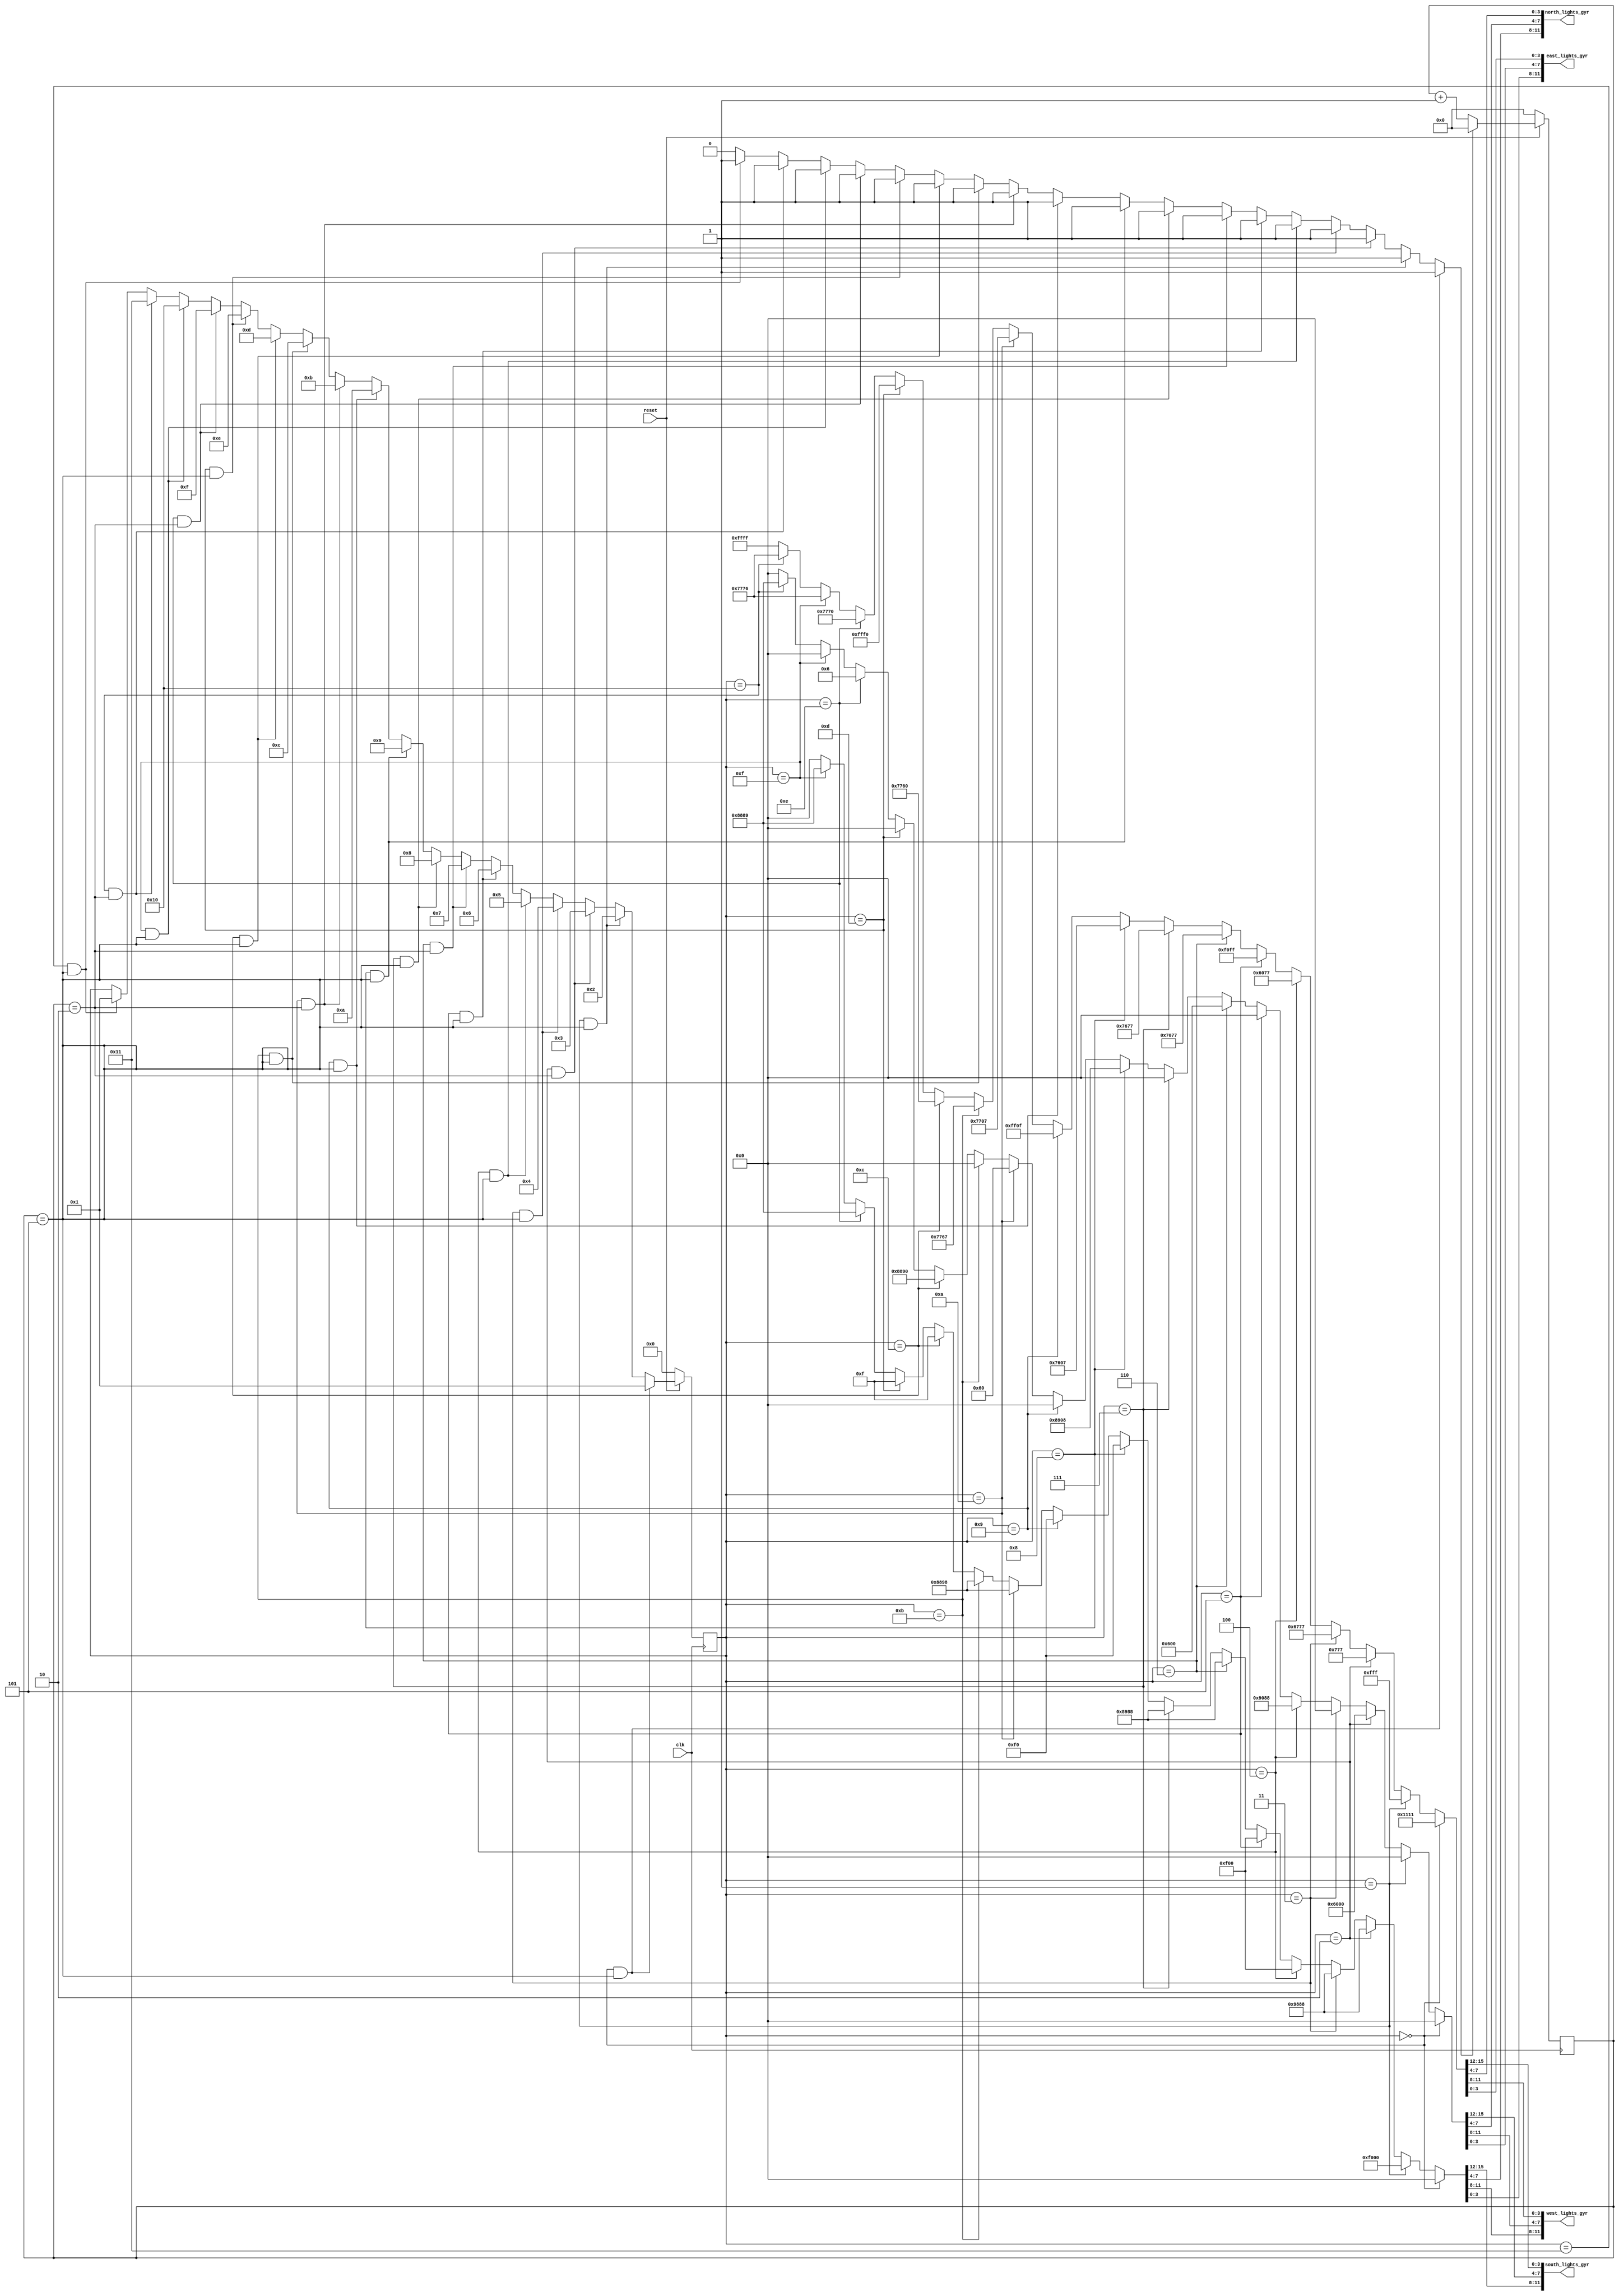
module tlc(clk,reset,south_lights_gyr,north_lights_gyr,west_lights_gyr,east_lights_gyr);

parameter STOP_ALL             =5'd0;
parameter SOUTH_TO_ALL         =5'd1;
parameter SOUTH_TO_ALL_YLW     =5'd2;
parameter STOS_ALLTOLEFT       =5'd3;
parameter STOS_ALLTOLEFT_YLW   =5'd4;
parameter WEST_TO_ALL          =5'd5;
parameter WEST_TO_ALL_YLW      =5'd6;
parameter WTOW_ALLTOLEFT       =5'd7;
parameter WTOW_ALLTOLEFT_YLW   =5'd8;
parameter NORTH_TO_ALL         =5'd9;
parameter NORTH_TO_ALL_YLW     =5'd10;
parameter NTON_ALLTOLEFT       =5'd11;
parameter NTON_ALLTOLEFT_YLW   =5'd12;
parameter EAST_TO_ALL          =5'd13;
parameter EAST_TO_ALL_YLW      =5'd14;
parameter ETOE_ALLTOLEFT       =5'd15;
parameter ETOE_ALLTOLEFT_YLW   =5'd16;
parameter PEDESTRIAN           =5'd17;
                               
parameter DELAY_Y_TO_R = 2;    
parameter DELAY_1 = 5;

input clk,reset;
output [11:0] south_lights_gyr;
output [11:0] west_lights_gyr;
output [11:0] north_lights_gyr;
output [11:0] east_lights_gyr;
reg count_reset;
reg [4:0] nxt_st;
reg [4:0] reg_prsnt_st;
reg [3:0] count;
reg [15:0] green;
reg [15:0] red;
reg [15:0] yellow;

assign south_lights_gyr={green[15:12],yellow[15:12],red[15:12]};
assign west_lights_gyr={green[11:8],yellow[11:8],red[11:8]};
assign north_lights_gyr={green[7:4],yellow[7:4],red[7:4]};
assign east_lights_gyr={green[3:0],yellow[3:0],red[3:0]};
//@@@@@@@@@@@@@@@@@COUNTER FOR DELAY@@@@@@@@@@@@@@@@@@@@@@@@@@@@@@@/////
always@(posedge clk)
begin
if(!reset)
count<=0;
else if (count_reset==1'b1)
count<=0;
else
count<=count+1;
end
//@@@@@@@@@@@@@@@@@COUNTER FOR DELAY@@@@@@@@@@@@@@@@@@@@@@@@@@@@@@@/////


//**************//////STATE MACHINE FLIP-FLOPS///********************////
always@(posedge clk)
begin
if(!reset)
reg_prsnt_st<=STOP_ALL;
else
reg_prsnt_st<=nxt_st;
end
/////***************///STATE MACHINE FLIP-FLOPS///*******************////



//$$$$$$$$$$$$$$$$$$$$$$$$$/////NEXT STATE COMBO LOGIC////$$$$$$$$$$$$$/////
always@(reg_prsnt_st or count)
begin


//######################SOUTH############################################
////////////FROM SOUTH TO ALL ALLOWED..FROM ALL OTHER DIRECTIONS BLOCKED//
if (reg_prsnt_st==STOP_ALL && count==DELAY_1)
begin
nxt_st=SOUTH_TO_ALL;
count_reset=1;
end
////////////FROM SOUTH TO ALL ALLOWED..FROM ALL OTHER DIRECTIONS BLOCKED//




/////////////////GREEN TO YELLOW FOR SOUTH TO ALL state///////////////////
else if (reg_prsnt_st==SOUTH_TO_ALL && count==DELAY_1)
begin
nxt_st=SOUTH_TO_ALL_YLW;
count_reset=1;
end
/////////////////GREEN TO YELLOW FOR SOUTH TO ALL state///////////////////




////////////SOUTH TO SOUTH AND ALL LEFT ALLOWED///////////////////////////
else if (reg_prsnt_st==SOUTH_TO_ALL_YLW && count==DELAY_Y_TO_R)
begin
nxt_st=STOS_ALLTOLEFT;
count_reset=1;
end
////////////SOUTH TO SOUTH AND ALL LEFT ALLOWED///////////////////////////




/////////////////GREEN TO YELLOW FOR STOS_ALLTOLEFT state///////////////////
else if (reg_prsnt_st==STOS_ALLTOLEFT && count==DELAY_1)
begin
nxt_st=STOS_ALLTOLEFT_YLW;
count_reset=1;
end
/////////////////GREEN TO YELLOW FOR STOS_ALLTOLEFT state///////////////////
//######################SOUTH############################################


//######################WEST############################################
////////////FROM WEST TO ALL ALLOWED..FROM ALL OTHER DIRECTIONS BLOCKED//
else if (reg_prsnt_st==STOS_ALLTOLEFT_YLW && count==DELAY_1)
begin
nxt_st=WEST_TO_ALL;
count_reset=1;
end
////////////FROM WEST TO ALL ALLOWED..FROM ALL OTHER DIRECTIONS BLOCKED//




/////////////////GREEN TO YELLOW FOR WEST TO ALL state///////////////////
else if (reg_prsnt_st==WEST_TO_ALL && count==DELAY_1)
begin
nxt_st=WEST_TO_ALL_YLW;
count_reset=1;
end
/////////////////GREEN TO YELLOW FOR WEST TO ALL state///////////////////




////////////WEST TO WEST AND ALL LEFT ALLOWED///////////////////////////
else if (reg_prsnt_st==WEST_TO_ALL_YLW && count==DELAY_Y_TO_R)
begin
nxt_st=WTOW_ALLTOLEFT;
count_reset=1;
end
////////////WEST TO WEST AND ALL LEFT ALLOWED///////////////////////////




/////////////////GREEN TO YELLOW FOR WTOW_ALLTOLEFT state///////////////////
else if (reg_prsnt_st==WTOW_ALLTOLEFT && count==DELAY_1)
begin
nxt_st=WTOW_ALLTOLEFT_YLW;
count_reset=1;
end
/////////////////GREEN TO YELLOW FOR WTOW_ALLTOLEFT state///////////////////
//######################WEST############################################


//######################NORTH############################################
////////////FROM NORTH TO ALL ALLOWED..FROM ALL OTHER DIRECTIONS BLOCKED//
else if (reg_prsnt_st==WTOW_ALLTOLEFT_YLW && count==DELAY_1)
begin
nxt_st=NORTH_TO_ALL;
count_reset=1;
end
////////////FROM NORTH TO ALL ALLOWED..FROM ALL OTHER DIRECTIONS BLOCKED//




/////////////////GREEN TO YELLOW FOR NORTH TO ALL state///////////////////
else if (reg_prsnt_st==NORTH_TO_ALL && count==DELAY_1)
begin
nxt_st=NORTH_TO_ALL_YLW;
count_reset=1;
end
/////////////////GREEN TO YELLOW FOR NORTH TO ALL state///////////////////




////////////NORTH TO NORTH AND ALL LEFT ALLOWED///////////////////////////
else if (reg_prsnt_st==NORTH_TO_ALL_YLW && count==DELAY_Y_TO_R)
begin
nxt_st=NTON_ALLTOLEFT;
count_reset=1;
end
////////////NORTH TO NORTH AND ALL LEFT ALLOWED///////////////////////////




/////////////////GREEN TO YELLOW FOR NTON_ALLTOLEFT state///////////////////
else if (reg_prsnt_st==NTON_ALLTOLEFT && count==DELAY_1)
begin
nxt_st=NTON_ALLTOLEFT_YLW;
count_reset=1;
end
/////////////////GREEN TO YELLOW FOR NTON_ALLTOLEFT state///////////////////
//######################NORTH############################################


//######################EAST############################################
////////////FROM EAST TO ALL ALLOWED..FROM ALL OTHER DIRECTIONS BLOCKED//
else if (reg_prsnt_st==NTON_ALLTOLEFT_YLW && count==DELAY_1)
begin
nxt_st=EAST_TO_ALL;
count_reset=1;
end
////////////FROM EAST TO ALL ALLOWED..FROM ALL OTHER DIRECTIONS BLOCKED//




/////////////////GREEN TO YELLOW FOR EAST TO ALL state///////////////////
else if (reg_prsnt_st==EAST_TO_ALL && count==DELAY_1)
begin
nxt_st=EAST_TO_ALL_YLW;
count_reset=1;
end
/////////////////GREEN TO YELLOW FOR EAST TO ALL state///////////////////




////////////EAST TO EAST AND ALL LEFT ALLOWED///////////////////////////
else if (reg_prsnt_st==EAST_TO_ALL_YLW && count==DELAY_Y_TO_R)
begin
nxt_st=ETOE_ALLTOLEFT;
count_reset=1;
end
////////////EAST TO EAST AND ALL LEFT ALLOWED///////////////////////////




/////////////////GREEN TO YELLOW FOR ETOE_ALLTOLEFT state///////////////////
else if (reg_prsnt_st==ETOE_ALLTOLEFT && count==DELAY_1)
begin
nxt_st=ETOE_ALLTOLEFT_YLW;
count_reset=1;
end
/////////////////GREEN TO YELLOW FOR ETOE_ALLTOLEFT state///////////////////
//######################EAST############################################


//########################PEDESTRIAN###################################
else if (reg_prsnt_st==ETOE_ALLTOLEFT_YLW && count==DELAY_Y_TO_R)
begin
nxt_st=PEDESTRIAN;
count_reset=1;
end
//########################PEDESTRIAN###################################

//########BACK TO INITIAL STATE############///////////////////////////////////////
else if (reg_prsnt_st==PEDESTRIAN && count==DELAY_1)
begin
nxt_st=SOUTH_TO_ALL;
count_reset=1;
end
//########BACK TO INITIAL STATE############///////////////////////////////////////

//$$$$$$$$$$$$$$DONT CHANGE STATE$$$$$$$$$$$$$$$$$$$$$$$$$$$$$$$$$$$$$$$$$$$$$//
else
begin
nxt_st=reg_prsnt_st;
count_reset=0;
end
//$$$$$$$$$$$$$$DONT CHANGE STATE$$$$$$$$$$$$$$$$$$$$$$$$$$$$$$$$$$$$$$$$$$$$$//
end
/////////NEXT STATE COMBO LOGIC/////////






//^^^^^^^^^^^^^^^^^^^^^^ENCODER^^^^^^^^^^^^^^^^^^^^^^^^^^^^^^^^^^^^^////////////
always@(*)
begin
if(reg_prsnt_st==STOP_ALL)
begin
green[15:0]=16'h0000;
red[15:0]=16'h1111;
yellow[15:0]=16'h0000;
end
else if(reg_prsnt_st==SOUTH_TO_ALL)
begin
green[15:0]=16'hF000;
red[15:0]=16'h0FFF;
yellow[15:0]=16'h0000;
end
else if(reg_prsnt_st==SOUTH_TO_ALL_YLW)
begin
green[15:0]=16'h9888;
red[15:0]=16'h0777;
yellow[15:0]=16'h6000;
end
else if(reg_prsnt_st==STOS_ALLTOLEFT)
begin
green[15:0]=16'h9888;
red[15:0]=16'h6777;
yellow[15:0]=16'h0000;
end
else if(reg_prsnt_st==STOS_ALLTOLEFT_YLW)
begin
green[15:0]=16'h0F00;
red[15:0]=16'h6077;
yellow[15:0]=16'h9088;
end
else if(reg_prsnt_st==WEST_TO_ALL)
begin
green[15:0]=16'h0F00;
red[15:0]=16'hF0FF;
yellow[15:0]=16'h0000;
end
else if(reg_prsnt_st==WEST_TO_ALL_YLW)
begin
green[15:0]=16'h8988;
red[15:0]=16'h7077;
yellow[15:0]=16'h0600;
end
else if(reg_prsnt_st==WTOW_ALLTOLEFT)
begin
green[15:0]=16'h8988;
red[15:0]=16'h7677;
yellow[15:0]=16'h0000;
end
else if(reg_prsnt_st==WTOW_ALLTOLEFT_YLW)
begin
green[15:0]=16'h00F0;
red[15:0]=16'h7607;
yellow[15:0]=16'h8908;
end
else if(reg_prsnt_st==NORTH_TO_ALL)
begin
green[15:0]=16'h00F0;
red[15:0]=16'hFF0F;
yellow[15:0]=16'h0000;
end
else if(reg_prsnt_st==NORTH_TO_ALL_YLW)
begin
green[15:0]=16'h8898;
red[15:0]=16'h7707;
yellow[15:0]=16'h0060;
end
else if(reg_prsnt_st==NTON_ALLTOLEFT)
begin
green[15:0]=16'h8898;
red[15:0]=16'h7767;
yellow[15:0]=16'h0000;
end
else if(reg_prsnt_st==NTON_ALLTOLEFT_YLW)
begin
green[15:0]=16'h000F;
red[15:0]=16'h7760;
yellow[15:0]=16'h8890;
end
else if(reg_prsnt_st==EAST_TO_ALL)
begin
green[15:0]=16'h000F;
red[15:0]=16'hFFF0;
yellow[15:0]=16'h0000;
end
else if(reg_prsnt_st==EAST_TO_ALL_YLW)
begin
green[15:0]=16'h8889;
red[15:0]=16'h7770;
yellow[15:0]=16'h0006;
end
else if(reg_prsnt_st==ETOE_ALLTOLEFT)
begin
green[15:0]=16'h8889;
red[15:0]=16'h7776;
yellow[15:0]=16'h0000;
end
else if(reg_prsnt_st==ETOE_ALLTOLEFT_YLW)
begin
green[15:0]=16'h0000;
red[15:0]=16'h7776;
yellow[15:0]=16'h8889;
end
else if(reg_prsnt_st==PEDESTRIAN)
begin
green[15:0]=16'h0000;
red[15:0]=16'hFFFF;
yellow[15:0]=16'h0000;
end
else
begin
green[15:0]=16'h0000;
red[15:0]=16'hFFFF;
yellow[15:0]=16'h0000;
end


end
//^^^^^^^^^^^^^^^^^^^^^^ENCODER^^^^^^^^^^^^^^^^^^^^^^^^^^^^^^^^^^^^^////////////





endmodule